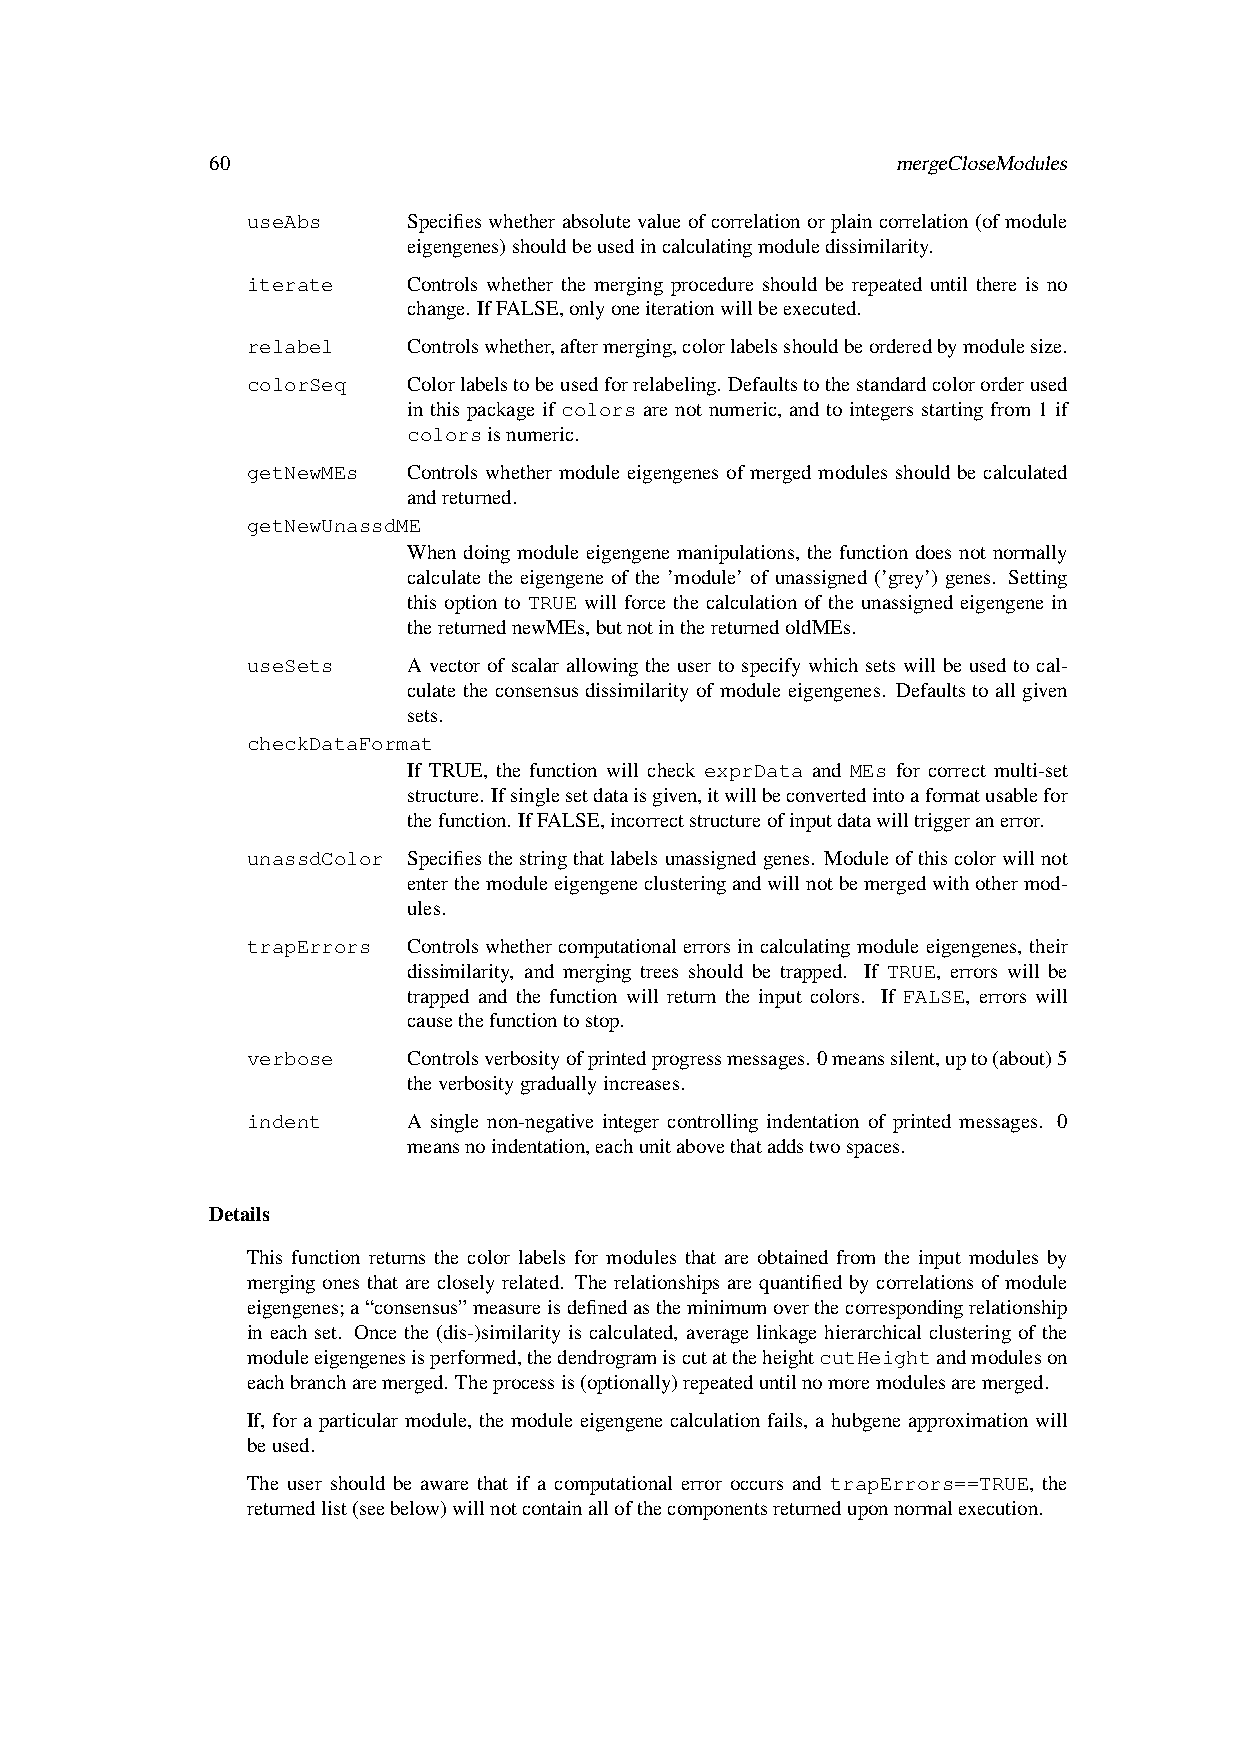
60                                           mergeCloseModules
 useAbs     Specifieswhetherabsolutevalueofcorrelationorplaincorrelation(ofmodule
 eigengenes)shouldbeusedincalculatingmoduledissimilarity.
 iterate    Controls whether the merging procedure should be repeated until there is no
 change. IfFALSE,onlyoneiterationwillbeexecuted.
 relabel    Controlswhether,aftermerging,colorlabelsshouldbeorderedbymodulesize.
 colorSeq   Colorlabelstobeusedforrelabeling. Defaultstothestandardcolororderused
 in this package if colors are not numeric, and to integers starting from 1 if
 colorsisnumeric.
 getNewMEs  Controls whether module eigengenes of merged modules should be calculated
 andreturned.
 getNewUnassdME
 When doing module eigengene manipulations, the function does not normally
 calculate the eigengene of the ’module’ of unassigned (’grey’) genes. Setting
 this option to TRUE will force the calculation of the unassigned eigengene in
 thereturnednewMEs,butnotinthereturnedoldMEs.
 useSets    A vector of scalar allowing the user to specify which sets will be used to cal-
 culate the consensus dissimilarity of module eigengenes. Defaults to all given
 sets.
 checkDataFormat
 If TRUE, the function will check exprData and MEs for correct multi-set
 structure. Ifsinglesetdataisgiven,itwillbeconvertedintoaformatusablefor
 thefunction. IfFALSE,incorrectstructureofinputdatawilltriggeranerror.
 unassdColor Specifiesthestringthatlabelsunassignedgenes. Moduleofthiscolorwillnot
 enterthemoduleeigengeneclusteringandwillnotbemergedwithothermod-
 ules.
 trapErrors Controlswhethercomputationalerrorsincalculatingmoduleeigengenes, their
 dissimilarity, and merging trees should be trapped. If TRUE, errors will be
 trapped and the function will return the input colors. If FALSE, errors will
 causethefunctiontostop.
 verbose    Controlsverbosityofprintedprogressmessages. 0meanssilent,upto(about)5
 theverbositygraduallyincreases.
 indent     A single non-negative integer controlling indentation of printed messages. 0
 meansnoindentation,eachunitabovethataddstwospaces.
 Details
 This function returns the color labels for modules that are obtained from the input modules by
 merging ones that are closely related. The relationships are quantified by correlations of module
 eigengenes;a“consensus”measureisdefinedastheminimumoverthecorrespondingrelationship
 in each set. Once the (dis-)similarity is calculated, average linkage hierarchical clustering of the
 moduleeigengenesisperformed,thedendrogramiscutattheheightcutHeightandmoduleson
 eachbrancharemerged. Theprocessis(optionally)repeateduntilnomoremodulesaremerged.
 If, for a particular module, the module eigengene calculation fails, a hubgene approximation will
 beused.
 The user should be aware that if a computational error occurs and trapErrors==TRUE, the
 returnedlist(seebelow)willnotcontainallofthecomponentsreturneduponnormalexecution.